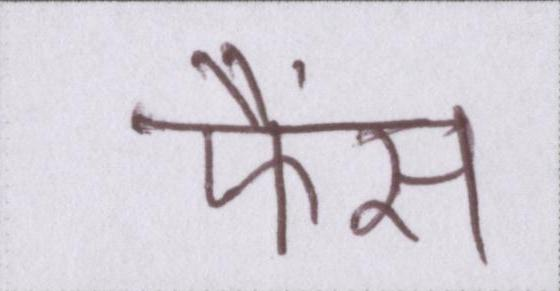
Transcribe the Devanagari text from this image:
फैंस